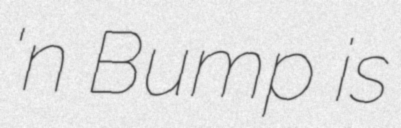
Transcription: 'n Bump is